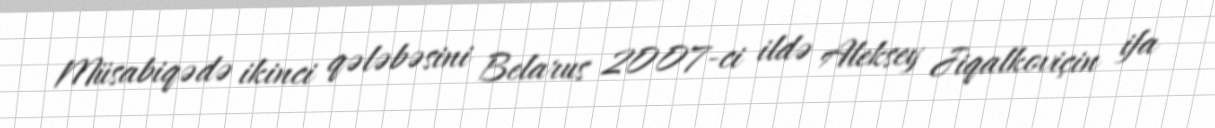
Müsabiqədə ikinci qələbəsini Belarus 2007-ci ildə Aleksey Jiqalkoviçin ifa